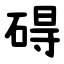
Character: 碍